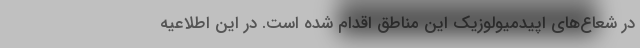
در شعاع‌های اپیدمیولوزیک این مناطق اقدام شده است. در این اطلاعیه